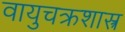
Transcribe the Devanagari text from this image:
वायुचक्रशास्त्र